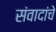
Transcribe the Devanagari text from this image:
संवादांचे